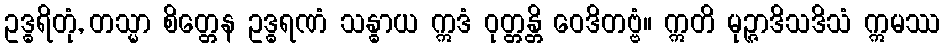
ဥဒ္ဓရိတုံ, တသ္မာ စိတ္တေန ဥဒ္ဓရဏံ သန္ဓာယ ဣဒံ ဝုတ္တန္တိ ဝေဒိတဗ္ဗံ။ ဣတိ မုဉ္ဇာဒိသဒိသံ ဣမဿ